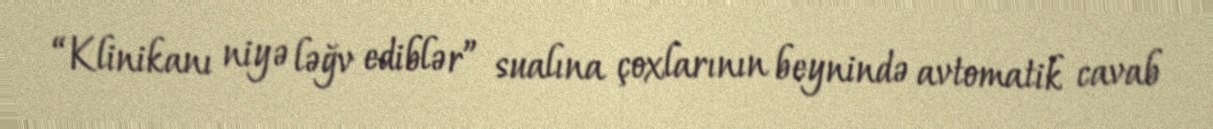
“Klinikanı niyə ləğv ediblər” sualına çoxlarının beynində avtomatik cavab